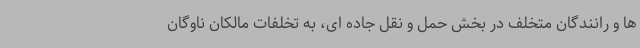
ها و رانندگان متخلف در بخش حمل و نقل جاده ای، به تخلفات مالکان ناوگان